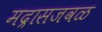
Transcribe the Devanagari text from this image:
मद्रासजवळ